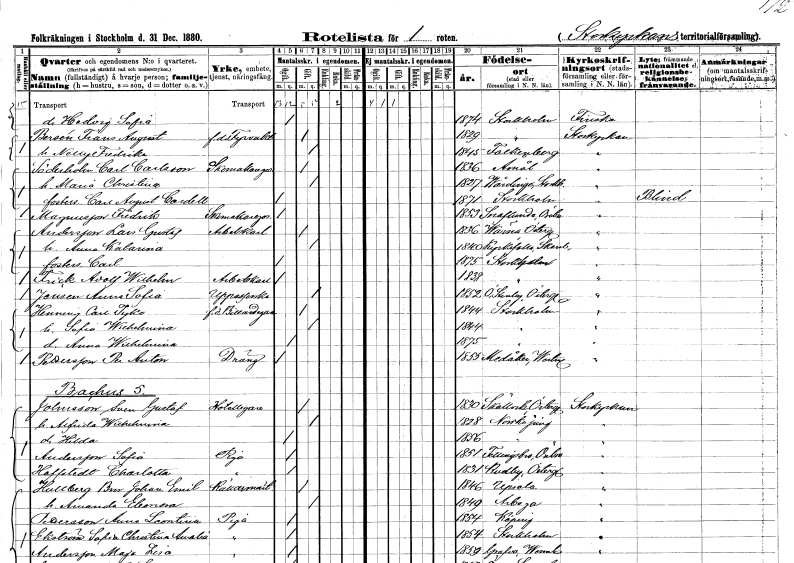
gt_parse: households: individuals: FN: Hedvig Sofia
KON: K
CIV: O
FODAR: 1874
FODFORS: Stockholm
FN: Frans August
EN: Bersén
YRKE: Fyrvaktare f.d
KON: M
CIV: G
FODAR: 1829
FODFORS: Stockholm
FN: Nellije Fredrika
KON: K
CIV: G
FODAR: 1845
FODFORS: Falkenberg Hallands län
FN: Carl
EN: Söderholm Carlsson
YRKE: Skomakare
KON: M
CIV: G
FODAR: 1836
FODFORS: Åmål Älvsborgs län
FN: Maria Christina
KON: K
CIV: G
FODAR: 1827
FODFORS: Vårdinge Stockholms län
FN: Carl August
EN: Cardell
KON: M
CIV: O
FODAR: 1871
FODFORS: Stockholm
FN: Fredrik
EN: Magnusson
YRKE: Skomakaregesäll
KON: M
CIV: O
FODAR: 1853
FODFORS: Snavlunda Örebro län
FN: Lars Gustaf
EN: Andersson
YRKE: Arbetskarl
KON: M
CIV: G
FODAR: 1836
FODFORS: Värna Östergötlands län
FN: Anna Katarina
KON: K
CIV: G
FODAR: 1840
FODFORS: Kyrkefalla Skaraborgs län
FN: Carl
KON: M
CIV: O
FODAR: 1875
FODFORS: Stockholm
FN: Adolf Wilhelm
EN: Frick
YRKE: Arbetskarl
KON: M
CIV: O
FODAR: 1838
FODFORS: Stockholm
FN: Anna Sofia
EN: Jensén
YRKE: Uppasserska
KON: K
CIV: G
FODAR: 1852
FODFORS: Östra Stenby Östergötlands län
FN: Carl Tyko
EN: Henning
YRKE: Biljardägare f.d.
KON: M
CIV: G
FODAR: 1844
FODFORS: Stockholm
FN: Sofia Wilhelmina
KON: K
CIV: G
FODAR: 1844
FODFORS: Stockholm
FN: Anna Wilhelmina
KON: K
CIV: O
FODAR: 1875
FODFORS: Stockholm
FN: Per Anton
EN: Pettersson
YRKE: Dräng
KON: M
CIV: O
FODAR: 1855
FODFORS: Medåker Västmanlands län
FN: Sven Gustaf
EN: Johnsson
YRKE: Hotellägare
KON: M
CIV: G
FODAR: 1830
FODFORS: Sköllersta Örebro län
FN: Alfrida Wilhelmina
KON: K
CIV: G
FODAR: 1828
FODFORS: Norrköping Östergötlands län
FN: Hilda
KON: K
CIV: O
FODAR: 1856
FODFORS: Norrköping Östergötlands län
FN: Sofia
EN: Andersson
YRKE: Piga
KON: K
CIV: O
FODAR: 1851
FODFORS: Fellingsbro Örebro län
FN: Charlotta
EN: Hoffstedt
YRKE: Piga
KON: K
CIV: O
FODAR: 1831
FODFORS: Kuddby Östergötlands län